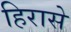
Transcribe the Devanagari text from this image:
हिरासे